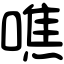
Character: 噍